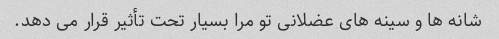
شانه ها و سینه های عضلانی تو مرا بسیار تحت تأثیر قرار می دهد.